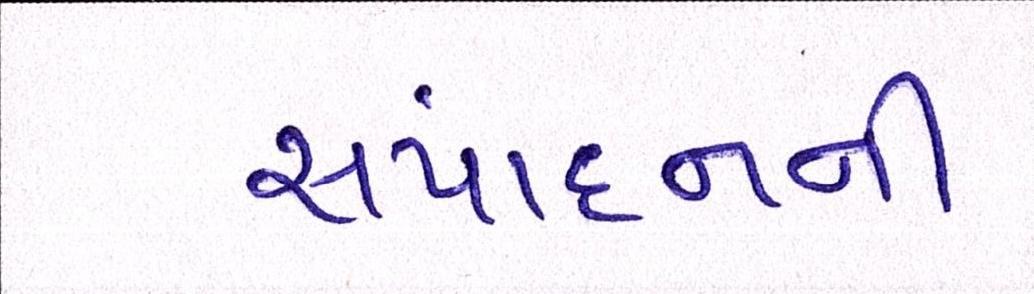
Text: સંપાદનની